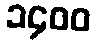
၁၄၀၀